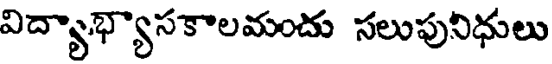
విద్యాభ్యాసకాలమందు సలుపునిధులు